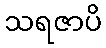
သရဇာပိ